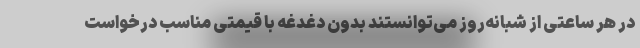
در هر ساعتی از شبانه‌روز می‌توانستند بدون دغدغه با قیمتی مناسب درخواست